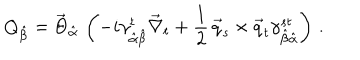
Q _ { \hat { \beta } } = \vec { \Theta } _ { \hat { \alpha } } \, \left( - i \gamma _ { \hat { \alpha } \hat { \beta } } ^ { t } \vec { \nabla } _ { t } + \frac { 1 } { 2 } \, \vec { q } _ { s } \times \vec { q } _ { t } \gamma _ { \hat { \beta } \hat { \alpha } } ^ { s t } \right) \, .